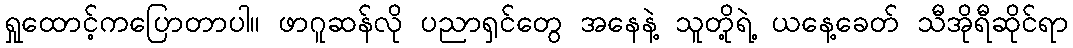
ရှုထောင့်ကပြောတာပါ။ ဖာဂူဆန်လို ပညာရှင်တွေ အနေနဲ့ သူတို့ရဲ့ ယနေ့ခေတ် သီအိုရီဆိုင်ရာ